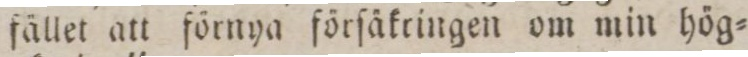
fället att förnya förſäkringen om min hög=